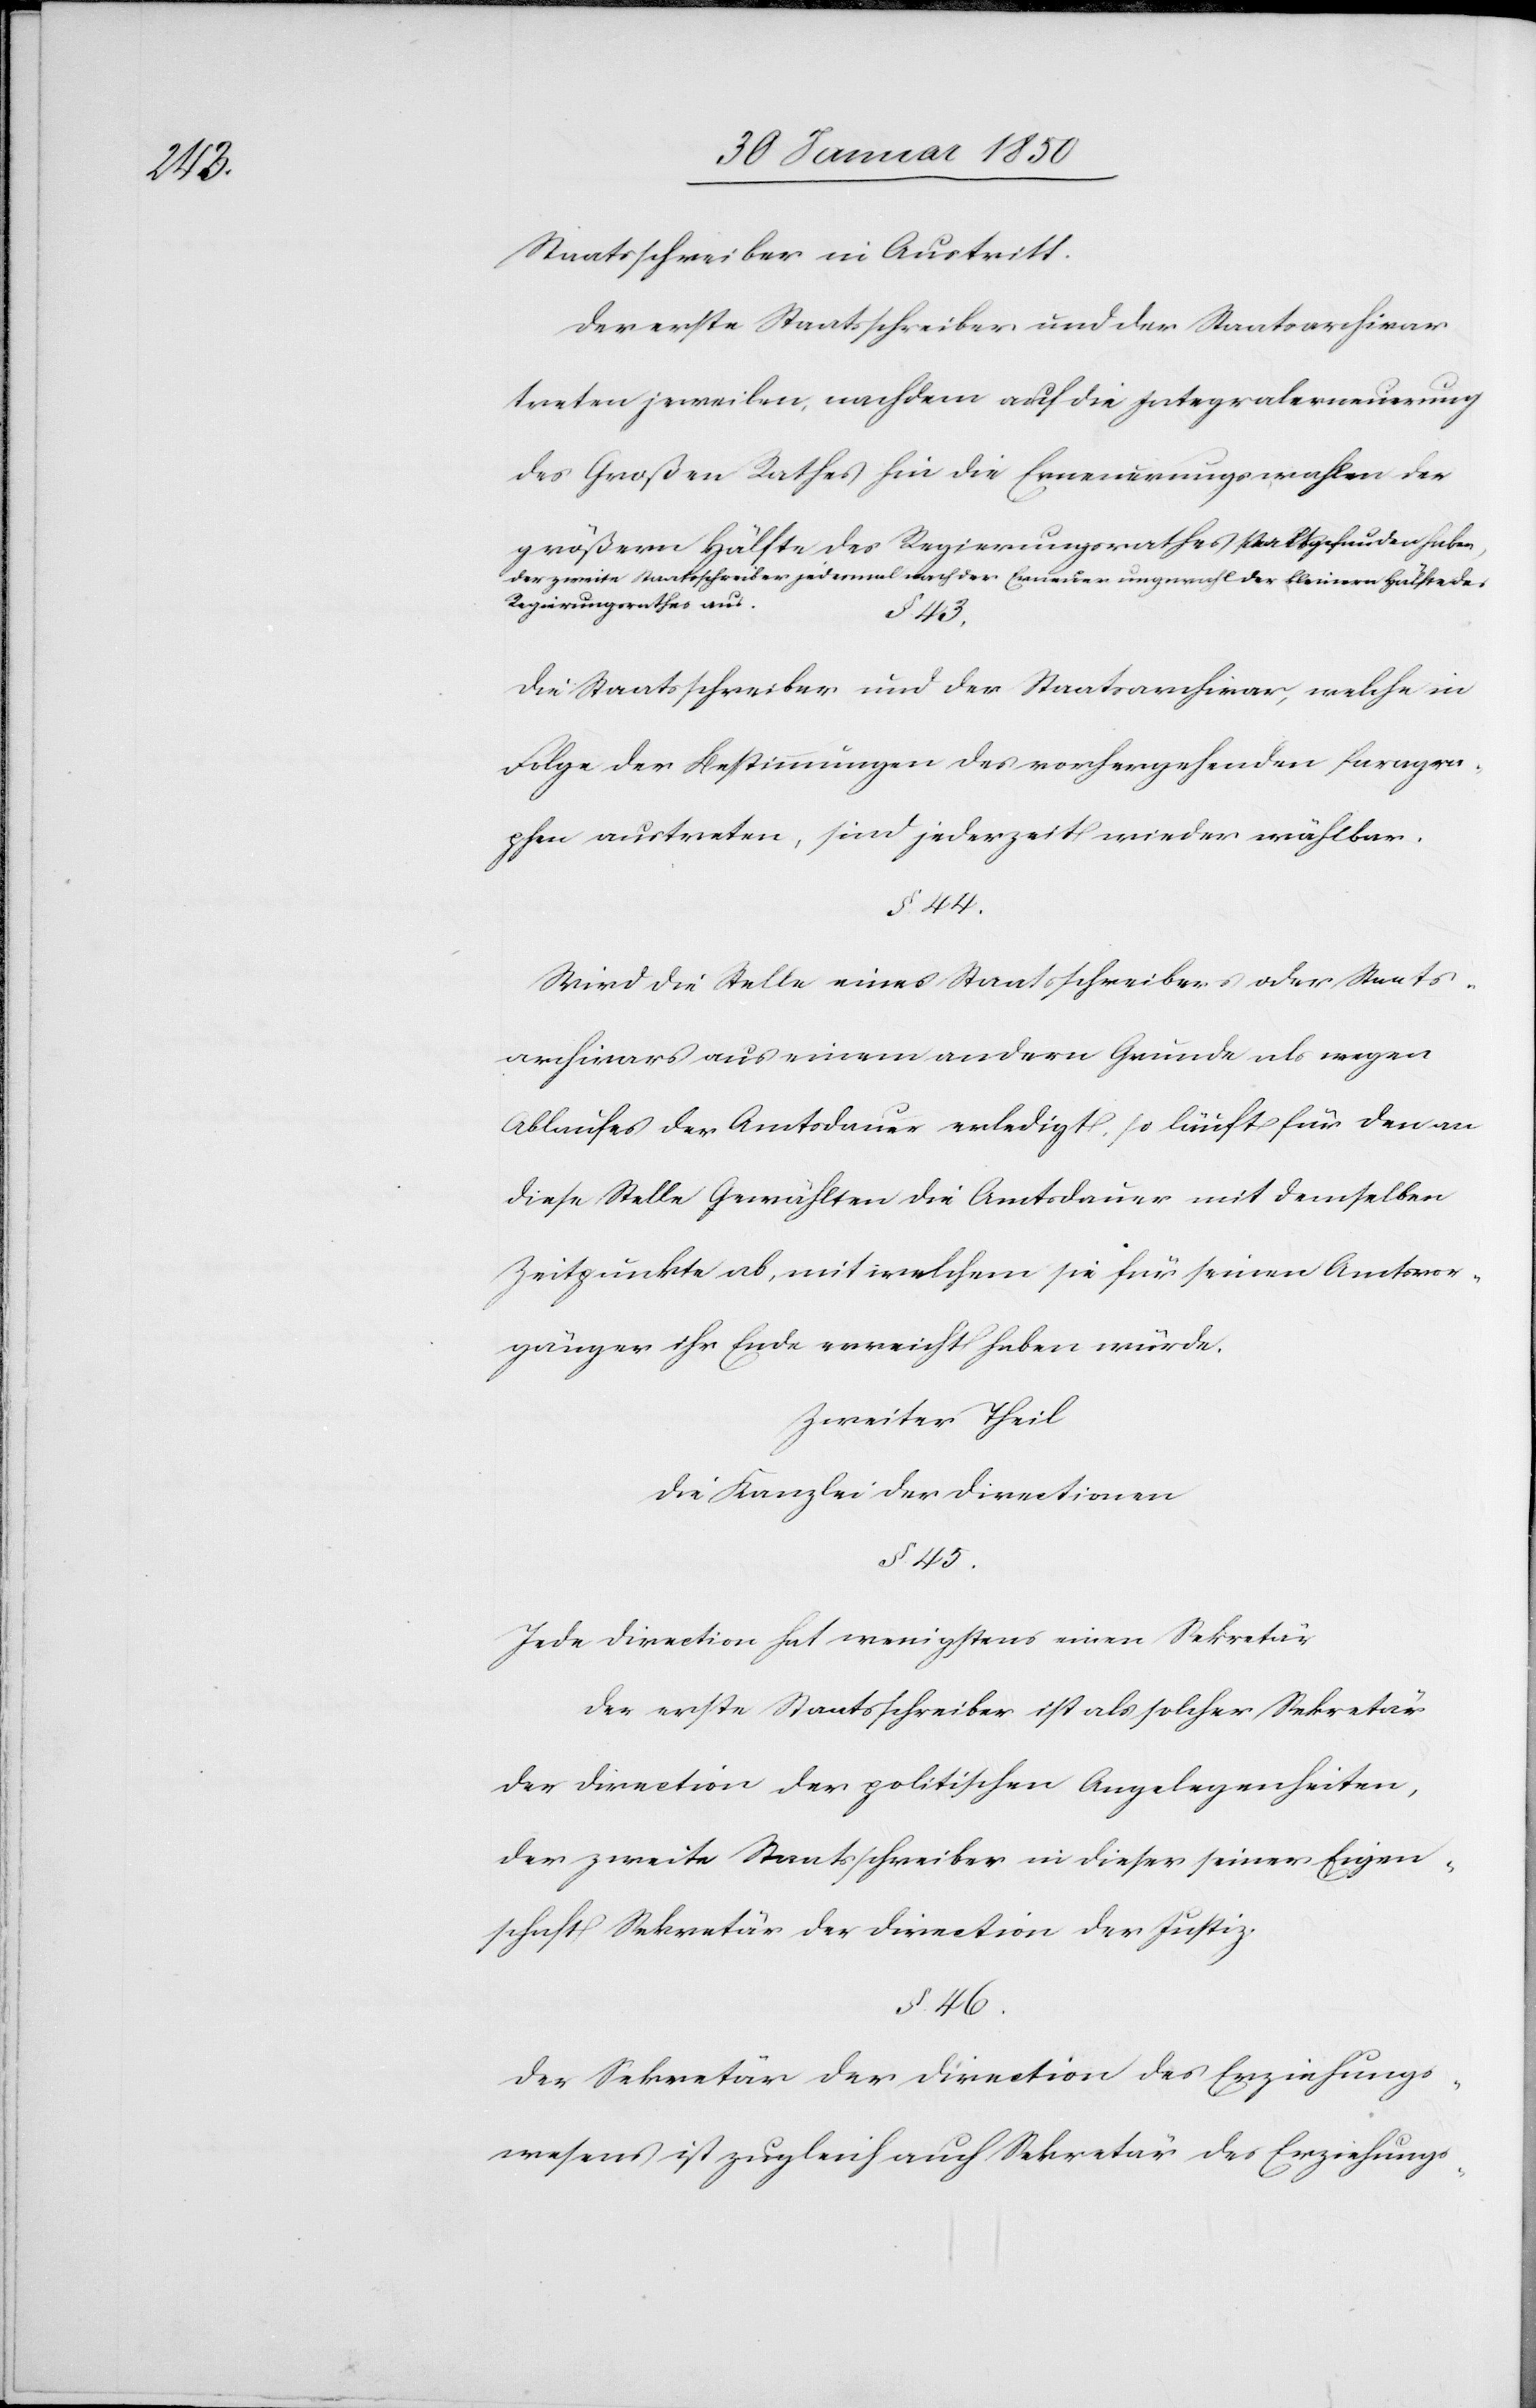
Staatsschreiber in Austritt.
Der erste Staatsschreiber und der Staatsarchivar
treten jeweilen, nachdem auf die Integralerneuerung
des Großen Rathes hin die Erneuerungswahlen der
größern Hälfte des Regierungsrathes stattgefunden haben,
der zweite Staatsschreiber jedesmal nach der Erneuerungswahl der kleinern Hälfte des
Regierungsrathes aus.
§. 43.
Die Staatsschreiber und der Staatsarchivar, welche in
Folge der Bestimmungen des vorhergehenden Paragra¬
phen austreten, sind jederzeit wieder wählbar.
§. 44.
Wird die Stelle eines Staatsschreibers oder Staats¬
archivars aus einem andern Grunde als wegen
Ablaufes der Amtsdauer erledigt, so läuft für den an
diese Stelle Gewählten die Amtsdauer mit demselben
Zeitpunkte ab, mit welchem sie für seinen Amtsvor¬
gänger ihr Ende erreicht haben würde.
Zweiter Theil
Die Kanzlei der Directionen
§. 45.
Jede Direction hat wenigstens einen Sekretär
Der erste Staatsschreiber ist als solcher Sekretär
der Direction der politischen Angelegenheiten,
der zweite Staatsschreiber in dieser seiner Eigen¬
schaft Sekretär der Direction der Justiz.
§. 46.
Der Sekretär der Direction des Erziehungs¬
wesens ist zugleich auch Sekretär des Erziehungs-